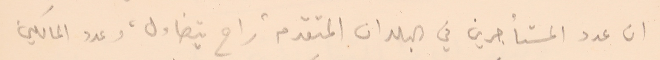
ان عدد المستأجرين في البلدان المتقدمة راح يتضاءل، وعدد المالكين